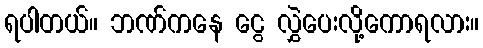
ရပါတယ်။ ဘဏ်ကနေ ငွေ လွှဲပေးလို့ကောရလား။